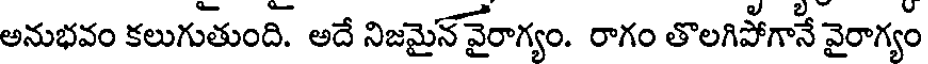
అనుభవం కలుగుతుంది. అదే నిజమైన వైరాగ్యం. రాగం తొలగిపోగానే వైరాగ్యం